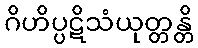
ဂိဟိပ္ပဋိသံယုတ္တန္တိ